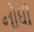
નોધી